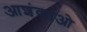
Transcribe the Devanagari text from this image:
आशंकाओ